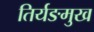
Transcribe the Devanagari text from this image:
तिर्यङमुख